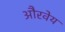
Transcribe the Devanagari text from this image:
औरवेय